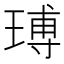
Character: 𤧵